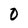
Character: 0